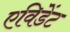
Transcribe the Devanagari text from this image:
एविडेंट